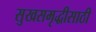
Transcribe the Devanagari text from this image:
सुखसमृद्धीसाठी